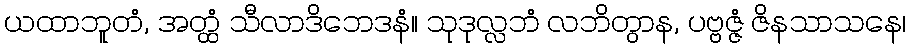
ယထာဘူတံ, အတ္ထံ သီလာဒိဘေဒနံ။ သုဒုလ္လဘံ လဘိတွာန, ပဗ္ဗဇ္ဇံ ဇိနသာသနေ၊